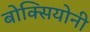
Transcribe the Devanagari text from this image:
बोक्सियोनी